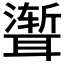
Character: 𫆏